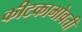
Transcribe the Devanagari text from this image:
कीटकाभोवती